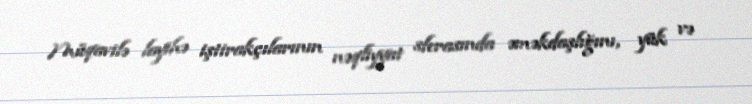
Müqavilə layihə iştirakçılarının nəqliyyat sferasında əməkdaşlığını, yük və